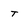
Character: T